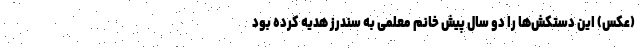
(عکس) این دستکش‌ها را دو سال پیش خانم معلمی به سندرز هدیه کرده بود